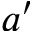
a ^ { \prime }